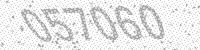
Solution: 057060